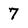
Character: 7